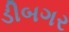
ડીબગર